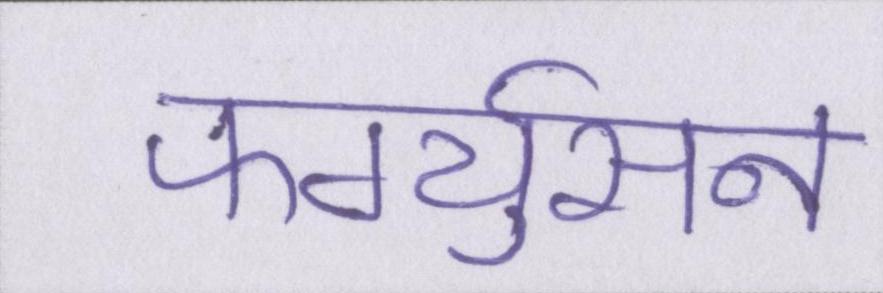
फर्ग्युसन